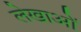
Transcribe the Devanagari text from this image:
लेखाओं